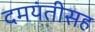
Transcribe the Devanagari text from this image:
दमयंतीसह